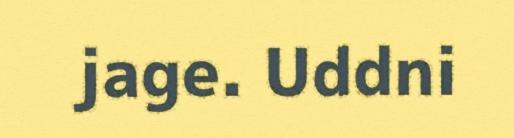
jage. Uddni